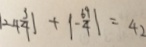
\vert 2 4 \frac { 3 } { 4 } \vert + \vert - \frac { 6 9 } { 4 } \vert = 4 2